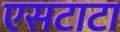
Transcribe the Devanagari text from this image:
एसटाटा